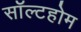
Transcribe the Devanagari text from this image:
सॉल्टहोम